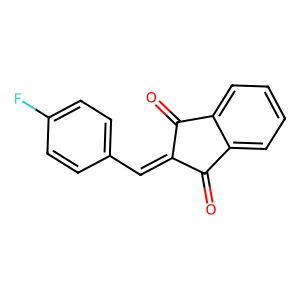
SMILES: O=C1C(=Cc2ccc(F)cc2)C(=O)c2ccccc21
Inhibits HIV replication: No